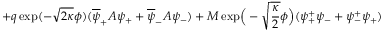
+ q \exp ( - \sqrt { 2 \kappa } \phi ) ( \overline { { { \psi } } } _ { + } A \psi _ { + } + \overline { { { \psi } } } _ { - } A \psi _ { - } ) + M \exp \! \Big ( - \sqrt { \frac { \kappa } { 2 } } \phi \Big ) ( \psi _ { + } ^ { + } \psi _ { - } + \psi _ { - } ^ { + } \psi _ { + } )